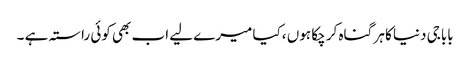
باباجی دنیا کا ہر گناہ کر چکا ہوں ،کیا میرے لیے اب بھی کوئی راستہ ہے ۔